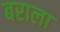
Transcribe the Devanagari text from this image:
बराला